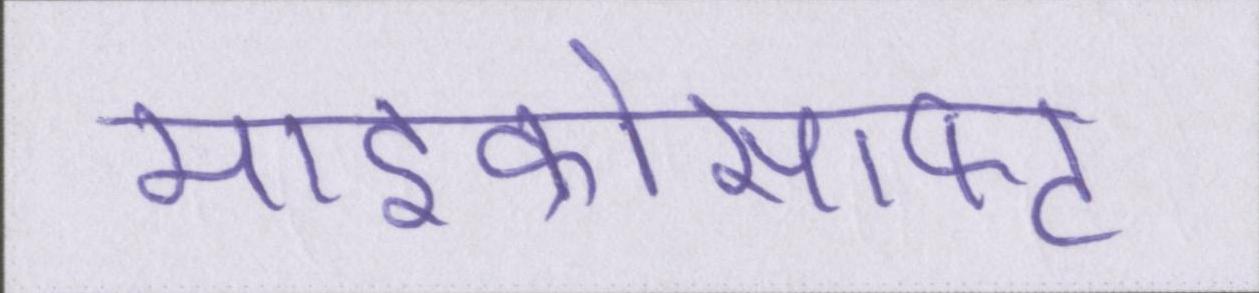
माइक्रोसाफ्ट